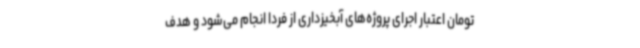
تومان اعتبار اجرای پروژه‌های آبخیزداری از فردا انجام می‌شود و هدف